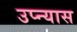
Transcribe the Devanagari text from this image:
उप्न्यास